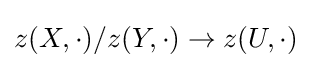
z(X,\cdot )/z(Y,\cdot )\to z(U,\cdot )